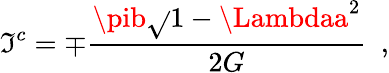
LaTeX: \mathfrak{I}^{c}=\mp{\frac{{\pib\sqrt{}{{1-\Lambdaa^{2}}}}}{{2G}}}\ \ ,